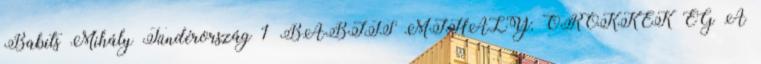
Babits Mihály Tündérország 1 BABITS MIHÁLY: ÖRÖKKÉK ÉG A